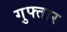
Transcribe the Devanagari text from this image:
गुफ्तार